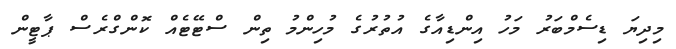
މިދިޔަ ޑިސެމްބަރު މަހު އިންޑިއާގެ އުތުރުގެ މުހިންމު ތިން ސްޓޭޓެއް ކޮންގްރެސް ޕާޓީން